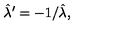
\hat { \lambda } ^ { \prime } = - 1 / \hat { \lambda } ,